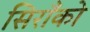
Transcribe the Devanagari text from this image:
सिराँको